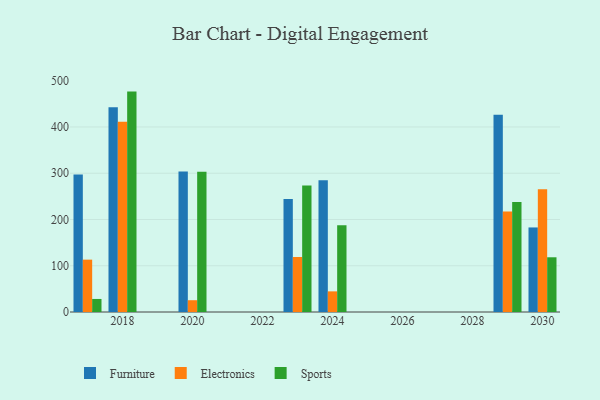
{"axis": {"x": "Year", "y": "Customer Acquisition Cost (USD)"}, "legend": ["Electronics", "Furniture", "Sports"], "data": [{"x": "2030", "y": 182.8, "type": "Furniture"}, {"x": "2030", "y": 265.3, "type": "Electronics"}, {"x": "2030", "y": 118.3, "type": "Sports"}, {"x": "2023", "y": 244.4, "type": "Furniture"}, {"x": "2023", "y": 118.9, "type": "Electronics"}, {"x": "2023", "y": 273.5, "type": "Sports"}, {"x": "2018", "y": 442.8, "type": "Furniture"}, {"x": "2018", "y": 411.3, "type": "Electronics"}, {"x": "2018", "y": 476.5, "type": "Sports"}, {"x": "2029", "y": 426.7, "type": "Furniture"}, {"x": "2029", "y": 217.2, "type": "Electronics"}, {"x": "2029", "y": 237.6, "type": "Sports"}, {"x": "2024", "y": 284.6, "type": "Furniture"}, {"x": "2024", "y": 44.6, "type": "Electronics"}, {"x": "2024", "y": 187.5, "type": "Sports"}, {"x": "2017", "y": 297.2, "type": "Furniture"}, {"x": "2017", "y": 113.2, "type": "Electronics"}, {"x": "2017", "y": 28.2, "type": "Sports"}, {"x": "2020", "y": 303.5, "type": "Furniture"}, {"x": "2020", "y": 25.5, "type": "Electronics"}, {"x": "2020", "y": 303.2, "type": "Sports"}]}